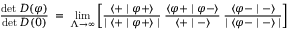
\frac { \operatorname * { d e t } D ( \varphi ) } { \operatorname * { d e t } D ( 0 ) } \; = \; \operatorname * { l i m } _ { \Lambda \to \infty } \left[ \frac { \langle + \mid \varphi + \rangle } { \mid \langle + \mid \varphi + \rangle \mid } \; \frac { \langle \varphi + \mid \varphi - \rangle } { \langle + \mid - \rangle } \; \frac { \langle \varphi - \mid - \rangle } { \mid \langle \varphi - \mid - \rangle \mid } \right]